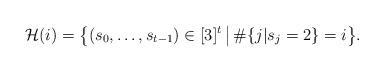
LaTeX: \begin{align*}\mathcal{H}(i) = \bigl\{(s_0, \dots ,s_{t-1}) \in [3]^{t} \, \big\vert \, \#\{j|s_{j}=2\}=i\bigr\}.\end{align*}